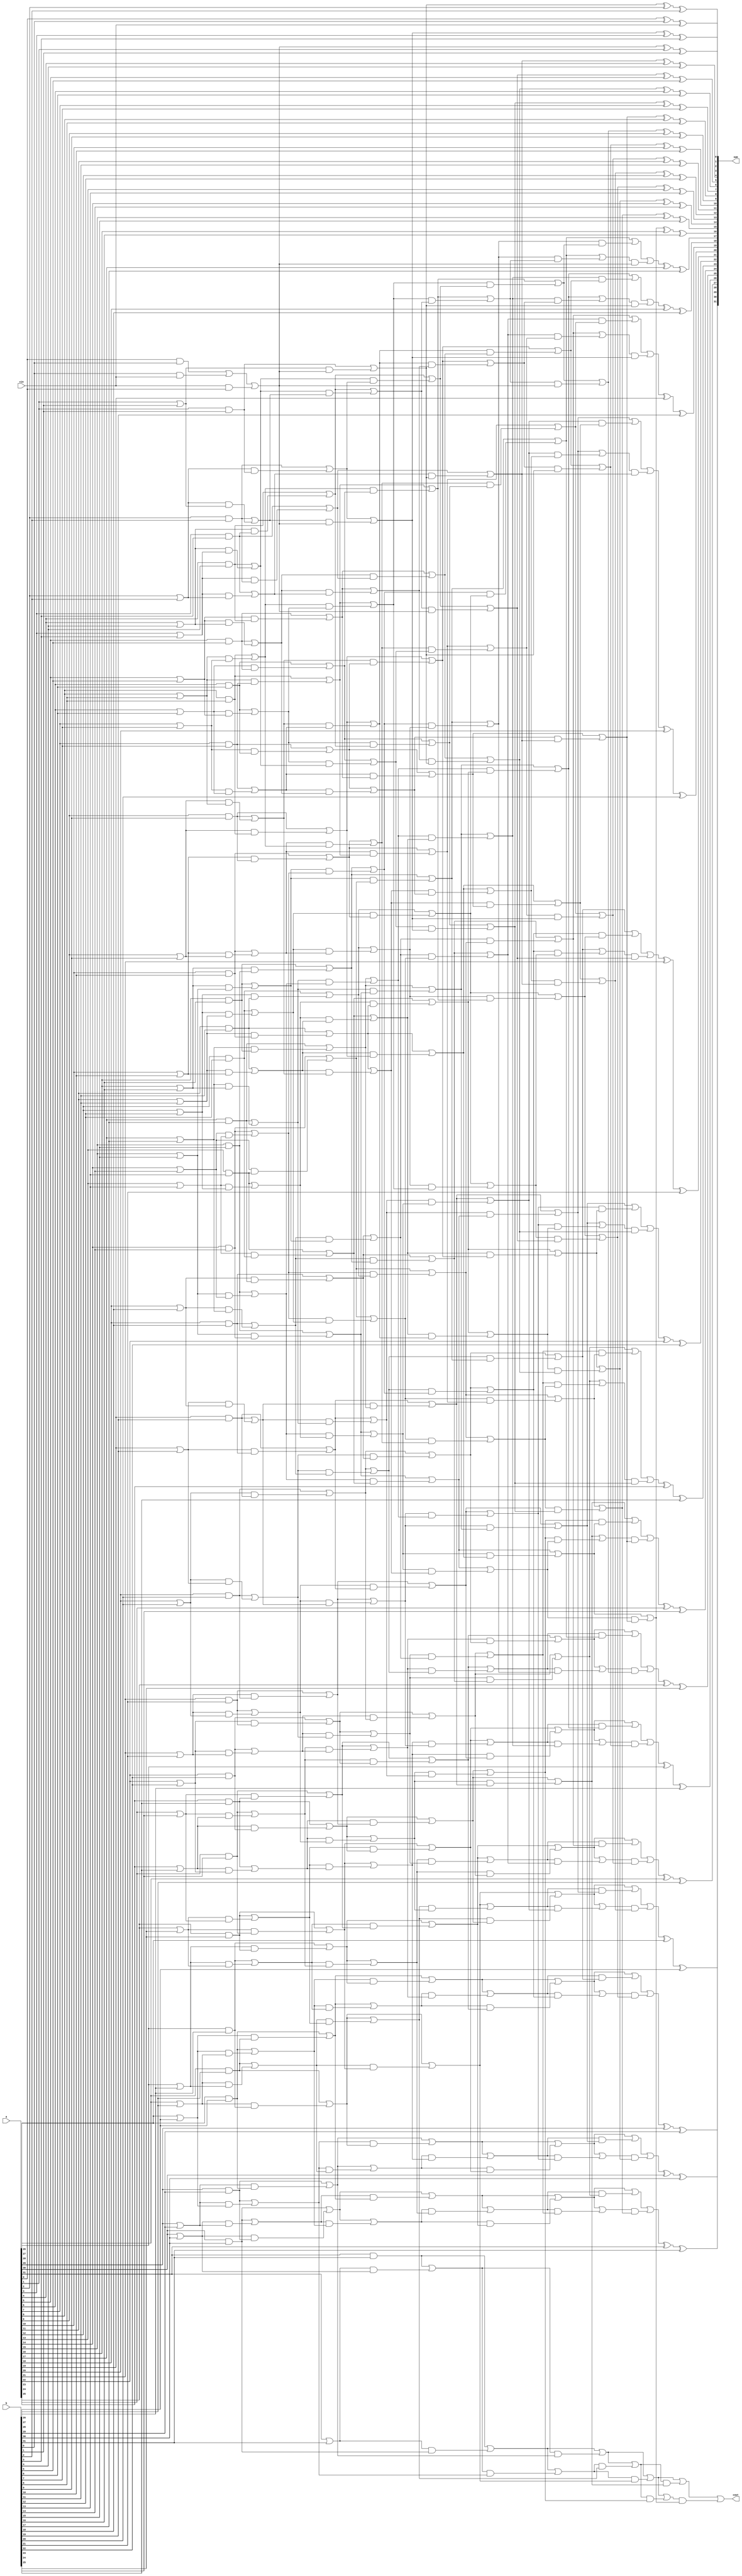
module RecursiveDoubling (a,b,cin,sum,cout);

input [32:1] a,b;
input cin;

output wire [32:1] sum;
output wire cout;

wire [1:0] pgk [32:1];

wire [1:0] temp_1 [32:1];
wire [1:0] temp_2 [32:1];
wire [1:0] temp_3 [32:1];
wire [1:0] temp_4 [32:1];
wire [1:0] temp_5 [32:1];

wire [32:1] gk;

// pgk  00-kill  11-generate  10-propagate


//pgk generation

assign pgk[1][0]=(a[1]&b[1]) | (b[1]&cin) | (cin&a[1]);
assign pgk[1][1]=(a[1]&b[1]) | (b[1]&cin) | (cin&a[1]);

assign pgk[2][0]=a[2]&b[2]; 
assign pgk[2][1]=a[2]|b[2];

assign pgk[3][0]=a[3]&b[3]; 
assign pgk[3][1]=a[3]|b[3];

assign pgk[4][0]=a[4]&b[4]; 
assign pgk[4][1]=a[4]|b[4];

assign pgk[5][0]=a[5]&b[5]; 
assign pgk[5][1]=a[5]|b[5];

assign pgk[6][0]=a[6]&b[6]; 
assign pgk[6][1]=a[6]|b[6];

assign pgk[7][0]=a[7]&b[7]; 
assign pgk[7][1]=a[7]|b[7];

assign pgk[8][0]=a[8]&b[8]; 
assign pgk[8][1]=a[8]|b[8];

assign pgk[9][0]=a[9]&b[9]; 
assign pgk[9][1]=a[9]|b[9];

assign pgk[10][0]=a[10]&b[10]; 
assign pgk[10][1]=a[10]|b[10];

assign pgk[11][0]=a[11]&b[11]; 
assign pgk[11][1]=a[11]|b[11];

assign pgk[12][0]=a[12]&b[12]; 
assign pgk[12][1]=a[12]|b[12];

assign pgk[13][0]=a[13]&b[13]; 
assign pgk[13][1]=a[13]|b[13];

assign pgk[14][0]=a[14]&b[14]; 
assign pgk[14][1]=a[14]|b[14];

assign pgk[15][0]=a[15]&b[15]; 
assign pgk[15][1]=a[15]|b[15];

assign pgk[16][0]=a[16]&b[16]; 
assign pgk[16][1]=a[16]|b[16];

assign pgk[17][0]=a[17]&b[17]; 
assign pgk[17][1]=a[17]|b[17];

assign pgk[18][0]=a[18]&b[18]; 
assign pgk[18][1]=a[18]|b[18];

assign pgk[19][0]=a[19]&b[19]; 
assign pgk[19][1]=a[19]|b[19];

assign pgk[20][0]=a[20]&b[20]; 
assign pgk[20][1]=a[20]|b[20];

assign pgk[21][0]=a[21]&b[21]; 
assign pgk[21][1]=a[21]|b[21];

assign pgk[22][0]=a[22]&b[22]; 
assign pgk[22][1]=a[22]|b[22];

assign pgk[23][0]=a[23]&b[23]; 
assign pgk[23][1]=a[23]|b[23];

assign pgk[24][0]=a[24]&b[24]; 
assign pgk[24][1]=a[24]|b[24];

assign pgk[25][0]=a[25]&b[25]; 
assign pgk[25][1]=a[25]|b[25];

assign pgk[26][0]=a[26]&b[26]; 
assign pgk[26][1]=a[26]|b[26];

assign pgk[27][0]=a[27]&b[27]; 
assign pgk[27][1]=a[27]|b[27];

assign pgk[28][0]=a[28]&b[28]; 
assign pgk[28][1]=a[28]|b[28];

assign pgk[29][0]=a[29]&b[29]; 
assign pgk[29][1]=a[29]|b[29];

assign pgk[30][0]=a[30]&b[30]; 
assign pgk[30][1]=a[30]|b[30];

assign pgk[31][0]=a[31]&b[31]; 
assign pgk[31][1]=a[31]|b[31];

assign pgk[32][0]=a[32]&b[32]; 
assign pgk[32][1]=a[32]|b[32];





//PGK Reducing

//  1 - 32.31 
//  2   32.30
//  4   32.28
//  8   32.24
//  16  32.16
 


// 1 jump
assign temp_1[1][0]=pgk[1][0];
assign temp_1[1][1]=pgk[1][1];

assign temp_1[2][0]=(pgk[2][0])|(pgk[2][1]&pgk[1][0]);
assign temp_1[2][1]=(pgk[2][0])|(pgk[2][1]&pgk[1][1]);

assign temp_1[3][0]=(pgk[3][0])|(pgk[3][1]&pgk[2][0]);
assign temp_1[3][1]=(pgk[3][0])|(pgk[3][1]&pgk[2][1]);

assign temp_1[4][0]=(pgk[4][0])|(pgk[4][1]&pgk[3][0]);
assign temp_1[4][1]=(pgk[4][0])|(pgk[4][1]&pgk[3][1]);

assign temp_1[5][0]=(pgk[5][0])|(pgk[5][1]&pgk[4][0]);
assign temp_1[5][1]=(pgk[5][0])|(pgk[5][1]&pgk[4][1]);

assign temp_1[6][0]=(pgk[6][0])|(pgk[6][1]&pgk[5][0]);
assign temp_1[6][1]=(pgk[6][0])|(pgk[6][1]&pgk[5][1]);

assign temp_1[7][0]=(pgk[7][0])|(pgk[7][1]&pgk[6][0]);
assign temp_1[7][1]=(pgk[7][0])|(pgk[7][1]&pgk[6][1]);

assign temp_1[8][0]=(pgk[8][0])|(pgk[8][1]&pgk[7][0]);
assign temp_1[8][1]=(pgk[8][0])|(pgk[8][1]&pgk[7][1]);

assign temp_1[9][0]=(pgk[9][0])|(pgk[9][1]&pgk[8][0]);
assign temp_1[9][1]=(pgk[9][0])|(pgk[9][1]&pgk[8][1]);

assign temp_1[10][0]=(pgk[10][0])|(pgk[10][1]&pgk[9][0]);
assign temp_1[10][1]=(pgk[10][0])|(pgk[10][1]&pgk[9][1]);

assign temp_1[11][0]=(pgk[11][0])|(pgk[11][1]&pgk[10][0]);
assign temp_1[11][1]=(pgk[11][0])|(pgk[11][1]&pgk[10][1]);

assign temp_1[12][0]=(pgk[12][0])|(pgk[12][1]&pgk[11][0]);
assign temp_1[12][1]=(pgk[12][0])|(pgk[12][1]&pgk[11][1]);

assign temp_1[13][0]=(pgk[13][0])|(pgk[13][1]&pgk[12][0]);
assign temp_1[13][1]=(pgk[13][0])|(pgk[13][1]&pgk[12][1]);

assign temp_1[14][0]=(pgk[14][0])|(pgk[14][1]&pgk[13][0]);
assign temp_1[14][1]=(pgk[14][0])|(pgk[14][1]&pgk[13][1]);

assign temp_1[15][0]=(pgk[15][0])|(pgk[15][1]&pgk[14][0]);
assign temp_1[15][1]=(pgk[15][0])|(pgk[15][1]&pgk[14][1]);

assign temp_1[16][0]=(pgk[16][0])|(pgk[16][1]&pgk[15][0]);
assign temp_1[16][1]=(pgk[16][0])|(pgk[16][1]&pgk[15][1]);

assign temp_1[17][0]=(pgk[17][0])|(pgk[17][1]&pgk[16][0]);
assign temp_1[17][1]=(pgk[17][0])|(pgk[17][1]&pgk[16][1]);

assign temp_1[18][0]=(pgk[18][0])|(pgk[18][1]&pgk[17][0]);
assign temp_1[18][1]=(pgk[18][0])|(pgk[18][1]&pgk[17][1]);

assign temp_1[19][0]=(pgk[19][0])|(pgk[19][1]&pgk[18][0]);
assign temp_1[19][1]=(pgk[19][0])|(pgk[19][1]&pgk[18][1]);

assign temp_1[20][0]=(pgk[20][0])|(pgk[20][1]&pgk[19][0]);
assign temp_1[20][1]=(pgk[20][0])|(pgk[20][1]&pgk[19][1]);

assign temp_1[21][0]=(pgk[21][0])|(pgk[21][1]&pgk[20][0]);
assign temp_1[21][1]=(pgk[21][0])|(pgk[21][1]&pgk[20][1]);

assign temp_1[22][0]=(pgk[22][0])|(pgk[22][1]&pgk[21][0]);
assign temp_1[22][1]=(pgk[22][0])|(pgk[22][1]&pgk[21][1]);

assign temp_1[23][0]=(pgk[23][0])|(pgk[23][1]&pgk[22][0]);
assign temp_1[23][1]=(pgk[23][0])|(pgk[23][1]&pgk[22][1]);

assign temp_1[24][0]=(pgk[24][0])|(pgk[24][1]&pgk[23][0]);
assign temp_1[24][1]=(pgk[24][0])|(pgk[24][1]&pgk[23][1]);

assign temp_1[25][0]=(pgk[25][0])|(pgk[25][1]&pgk[24][0]);
assign temp_1[25][1]=(pgk[25][0])|(pgk[25][1]&pgk[24][1]);

assign temp_1[26][0]=(pgk[26][0])|(pgk[26][1]&pgk[25][0]);
assign temp_1[26][1]=(pgk[26][0])|(pgk[26][1]&pgk[25][1]);

assign temp_1[27][0]=(pgk[27][0])|(pgk[27][1]&pgk[26][0]);
assign temp_1[27][1]=(pgk[27][0])|(pgk[27][1]&pgk[26][1]);

assign temp_1[28][0]=(pgk[28][0])|(pgk[28][1]&pgk[27][0]);
assign temp_1[28][1]=(pgk[28][0])|(pgk[28][1]&pgk[27][1]);

assign temp_1[29][0]=(pgk[29][0])|(pgk[29][1]&pgk[28][0]);
assign temp_1[29][1]=(pgk[29][0])|(pgk[29][1]&pgk[28][1]);

assign temp_1[30][0]=(pgk[30][0])|(pgk[30][1]&pgk[29][0]);
assign temp_1[30][1]=(pgk[30][0])|(pgk[30][1]&pgk[29][1]);

assign temp_1[31][0]=(pgk[31][0])|(pgk[31][1]&pgk[30][0]);
assign temp_1[31][1]=(pgk[31][0])|(pgk[31][1]&pgk[30][1]);

assign temp_1[32][0]=(pgk[32][0])|(pgk[32][1]&pgk[31][0]);
assign temp_1[32][1]=(pgk[32][0])|(pgk[32][1]&pgk[31][1]);


// 2 jump

assign temp_2[1][0]=temp_1[1][0];
assign temp_2[1][1]=temp_1[1][1];

assign temp_2[2][0]=temp_1[2][0];
assign temp_2[2][1]=temp_1[2][1];

assign temp_2[3][0]=(temp_1[3][0])|(temp_1[3][1]&temp_1[1][0]);
assign temp_2[3][1]=(temp_1[3][0])|(temp_1[3][1]&temp_1[1][1]);

assign temp_2[4][0]=(temp_1[4][0])|(temp_1[4][1]&temp_1[2][0]);
assign temp_2[4][1]=(temp_1[4][0])|(temp_1[4][1]&temp_1[2][1]);

assign temp_2[5][0]=(temp_1[5][0])|(temp_1[5][1]&temp_1[3][0]);
assign temp_2[5][1]=(temp_1[5][0])|(temp_1[5][1]&temp_1[3][1]);

assign temp_2[6][0]=(temp_1[6][0])|(temp_1[6][1]&temp_1[4][0]);
assign temp_2[6][1]=(temp_1[6][0])|(temp_1[6][1]&temp_1[4][1]);

assign temp_2[7][0]=(temp_1[7][0])|(temp_1[7][1]&temp_1[5][0]);
assign temp_2[7][1]=(temp_1[7][0])|(temp_1[7][1]&temp_1[5][1]);

assign temp_2[8][0]=(temp_1[8][0])|(temp_1[8][1]&temp_1[6][0]);
assign temp_2[8][1]=(temp_1[8][0])|(temp_1[8][1]&temp_1[6][1]);

assign temp_2[9][0]=(temp_1[9][0])|(temp_1[9][1]&temp_1[7][0]);
assign temp_2[9][1]=(temp_1[9][0])|(temp_1[9][1]&temp_1[7][1]);

assign temp_2[10][0]=(temp_1[10][0])|(temp_1[10][1]&temp_1[8][0]);
assign temp_2[10][1]=(temp_1[10][0])|(temp_1[10][1]&temp_1[8][1]);

assign temp_2[11][0]=(temp_1[11][0])|(temp_1[11][1]&temp_1[9][0]);
assign temp_2[11][1]=(temp_1[11][0])|(temp_1[11][1]&temp_1[9][1]);

assign temp_2[12][0]=(temp_1[12][0])|(temp_1[12][1]&temp_1[10][0]);
assign temp_2[12][1]=(temp_1[12][0])|(temp_1[12][1]&temp_1[10][1]);

assign temp_2[13][0]=(temp_1[13][0])|(temp_1[13][1]&temp_1[11][0]);
assign temp_2[13][1]=(temp_1[13][0])|(temp_1[13][1]&temp_1[11][1]);

assign temp_2[14][0]=(temp_1[14][0])|(temp_1[14][1]&temp_1[12][0]);
assign temp_2[14][1]=(temp_1[14][0])|(temp_1[14][1]&temp_1[12][1]);

assign temp_2[15][0]=(temp_1[15][0])|(temp_1[15][1]&temp_1[13][0]);
assign temp_2[15][1]=(temp_1[15][0])|(temp_1[15][1]&temp_1[13][1]);

assign temp_2[16][0]=(temp_1[16][0])|(temp_1[16][1]&temp_1[14][0]);
assign temp_2[16][1]=(temp_1[16][0])|(temp_1[16][1]&temp_1[14][1]);

assign temp_2[17][0]=(temp_1[17][0])|(temp_1[17][1]&temp_1[15][0]);
assign temp_2[17][1]=(temp_1[17][0])|(temp_1[17][1]&temp_1[15][1]);

assign temp_2[18][0]=(temp_1[18][0])|(temp_1[18][1]&temp_1[16][0]);
assign temp_2[18][1]=(temp_1[18][0])|(temp_1[18][1]&temp_1[16][1]);

assign temp_2[19][0]=(temp_1[19][0])|(temp_1[19][1]&temp_1[17][0]);
assign temp_2[19][1]=(temp_1[19][0])|(temp_1[19][1]&temp_1[17][1]);

assign temp_2[20][0]=(temp_1[20][0])|(temp_1[20][1]&temp_1[18][0]);
assign temp_2[20][1]=(temp_1[20][0])|(temp_1[20][1]&temp_1[18][1]);

assign temp_2[21][0]=(temp_1[21][0])|(temp_1[21][1]&temp_1[19][0]);
assign temp_2[21][1]=(temp_1[21][0])|(temp_1[21][1]&temp_1[19][1]);

assign temp_2[22][0]=(temp_1[22][0])|(temp_1[22][1]&temp_1[20][0]);
assign temp_2[22][1]=(temp_1[22][0])|(temp_1[22][1]&temp_1[20][1]);

assign temp_2[23][0]=(temp_1[23][0])|(temp_1[23][1]&temp_1[21][0]);
assign temp_2[23][1]=(temp_1[23][0])|(temp_1[23][1]&temp_1[21][1]);

assign temp_2[24][0]=(temp_1[24][0])|(temp_1[24][1]&temp_1[22][0]);
assign temp_2[24][1]=(temp_1[24][0])|(temp_1[24][1]&temp_1[22][1]);

assign temp_2[25][0]=(temp_1[25][0])|(temp_1[25][1]&temp_1[23][0]);
assign temp_2[25][1]=(temp_1[25][0])|(temp_1[25][1]&temp_1[23][1]);

assign temp_2[26][0]=(temp_1[26][0])|(temp_1[26][1]&temp_1[24][0]);
assign temp_2[26][1]=(temp_1[26][0])|(temp_1[26][1]&temp_1[24][1]);

assign temp_2[27][0]=(temp_1[27][0])|(temp_1[27][1]&temp_1[25][0]);
assign temp_2[27][1]=(temp_1[27][0])|(temp_1[27][1]&temp_1[25][1]);

assign temp_2[28][0]=(temp_1[28][0])|(temp_1[28][1]&temp_1[26][0]);
assign temp_2[28][1]=(temp_1[28][0])|(temp_1[28][1]&temp_1[26][1]);

assign temp_2[29][0]=(temp_1[29][0])|(temp_1[29][1]&temp_1[27][0]);
assign temp_2[29][1]=(temp_1[29][0])|(temp_1[29][1]&temp_1[27][1]);

assign temp_2[30][0]=(temp_1[30][0])|(temp_1[30][1]&temp_1[28][0]);
assign temp_2[30][1]=(temp_1[30][0])|(temp_1[30][1]&temp_1[28][1]);

assign temp_2[31][0]=(temp_1[31][0])|(temp_1[31][1]&temp_1[29][0]);
assign temp_2[31][1]=(temp_1[31][0])|(temp_1[31][1]&temp_1[29][1]);

assign temp_2[32][0]=(temp_1[32][0])|(temp_1[32][1]&temp_1[30][0]);
assign temp_2[32][1]=(temp_1[32][0])|(temp_1[32][1]&temp_1[30][1]);


// 4 jumps
assign temp_3[1][0]=temp_2[1][0];
assign temp_3[1][1]=temp_2[1][1];

assign temp_3[2][0]=temp_2[2][0];
assign temp_3[2][1]=temp_2[2][1];

assign temp_3[3][0]=temp_2[3][0];
assign temp_3[3][1]=temp_2[3][1];

assign temp_3[4][0]=temp_2[4][0];
assign temp_3[4][1]=temp_2[4][1];

assign temp_3[5][0]=(temp_2[5][0])|(temp_2[5][1]&temp_2[1][0]);
assign temp_3[5][1]=(temp_2[5][0])|(temp_2[5][1]&temp_2[1][1]);

assign temp_3[6][0]=(temp_2[6][0])|(temp_2[6][1]&temp_2[2][0]);
assign temp_3[6][1]=(temp_2[6][0])|(temp_2[6][1]&temp_2[2][1]);

assign temp_3[7][0]=(temp_2[7][0])|(temp_2[7][1]&temp_2[3][0]);
assign temp_3[7][1]=(temp_2[7][0])|(temp_2[7][1]&temp_2[3][1]);

assign temp_3[8][0]=(temp_2[8][0])|(temp_2[8][1]&temp_2[4][0]);
assign temp_3[8][1]=(temp_2[8][0])|(temp_2[8][1]&temp_2[4][1]);

assign temp_3[9][0]=(temp_2[9][0])|(temp_2[9][1]&temp_2[5][0]);
assign temp_3[9][1]=(temp_2[9][0])|(temp_2[9][1]&temp_2[5][1]);

assign temp_3[10][0]=(temp_2[10][0])|(temp_2[10][1]&temp_2[6][0]);
assign temp_3[10][1]=(temp_2[10][0])|(temp_2[10][1]&temp_2[6][1]);

assign temp_3[11][0]=(temp_2[11][0])|(temp_2[11][1]&temp_2[7][0]);
assign temp_3[11][1]=(temp_2[11][0])|(temp_2[11][1]&temp_2[7][1]);

assign temp_3[12][0]=(temp_2[12][0])|(temp_2[12][1]&temp_2[8][0]);
assign temp_3[12][1]=(temp_2[12][0])|(temp_2[12][1]&temp_2[8][1]);

assign temp_3[13][0]=(temp_2[13][0])|(temp_2[13][1]&temp_2[9][0]);
assign temp_3[13][1]=(temp_2[13][0])|(temp_2[13][1]&temp_2[9][1]);

assign temp_3[14][0]=(temp_2[14][0])|(temp_2[14][1]&temp_2[10][0]);
assign temp_3[14][1]=(temp_2[14][0])|(temp_2[14][1]&temp_2[10][1]);

assign temp_3[15][0]=(temp_2[15][0])|(temp_2[15][1]&temp_2[11][0]);
assign temp_3[15][1]=(temp_2[15][0])|(temp_2[15][1]&temp_2[11][1]);

assign temp_3[16][0]=(temp_2[16][0])|(temp_2[16][1]&temp_2[12][0]);
assign temp_3[16][1]=(temp_2[16][0])|(temp_2[16][1]&temp_2[12][1]);

assign temp_3[17][0]=(temp_2[17][0])|(temp_2[17][1]&temp_2[13][0]);
assign temp_3[17][1]=(temp_2[17][0])|(temp_2[17][1]&temp_2[13][1]);

assign temp_3[18][0]=(temp_2[18][0])|(temp_2[18][1]&temp_2[14][0]);
assign temp_3[18][1]=(temp_2[18][0])|(temp_2[18][1]&temp_2[14][1]);

assign temp_3[19][0]=(temp_2[19][0])|(temp_2[19][1]&temp_2[15][0]);
assign temp_3[19][1]=(temp_2[19][0])|(temp_2[19][1]&temp_2[15][1]);

assign temp_3[20][0]=(temp_2[20][0])|(temp_2[20][1]&temp_2[16][0]);
assign temp_3[20][1]=(temp_2[20][0])|(temp_2[20][1]&temp_2[16][1]);

assign temp_3[21][0]=(temp_2[21][0])|(temp_2[21][1]&temp_2[17][0]);
assign temp_3[21][1]=(temp_2[21][0])|(temp_2[21][1]&temp_2[17][1]);

assign temp_3[22][0]=(temp_2[22][0])|(temp_2[22][1]&temp_2[18][0]);
assign temp_3[22][1]=(temp_2[22][0])|(temp_2[22][1]&temp_2[18][1]);

assign temp_3[23][0]=(temp_2[23][0])|(temp_2[23][1]&temp_2[19][0]);
assign temp_3[23][1]=(temp_2[23][0])|(temp_2[23][1]&temp_2[19][1]);

assign temp_3[24][0]=(temp_2[24][0])|(temp_2[24][1]&temp_2[20][0]);
assign temp_3[24][1]=(temp_2[24][0])|(temp_2[24][1]&temp_2[20][1]);

assign temp_3[25][0]=(temp_2[25][0])|(temp_2[25][1]&temp_2[21][0]);
assign temp_3[25][1]=(temp_2[25][0])|(temp_2[25][1]&temp_2[21][1]);

assign temp_3[26][0]=(temp_2[26][0])|(temp_2[26][1]&temp_2[22][0]);
assign temp_3[26][1]=(temp_2[26][0])|(temp_2[26][1]&temp_2[22][1]);

assign temp_3[27][0]=(temp_2[27][0])|(temp_2[27][1]&temp_2[23][0]);
assign temp_3[27][1]=(temp_2[27][0])|(temp_2[27][1]&temp_2[23][1]);

assign temp_3[28][0]=(temp_2[28][0])|(temp_2[28][1]&temp_2[24][0]);
assign temp_3[28][1]=(temp_2[28][0])|(temp_2[28][1]&temp_2[24][1]);

assign temp_3[29][0]=(temp_2[29][0])|(temp_2[29][1]&temp_2[25][0]);
assign temp_3[29][1]=(temp_2[29][0])|(temp_2[29][1]&temp_2[25][1]);

assign temp_3[30][0]=(temp_2[30][0])|(temp_2[30][1]&temp_2[26][0]);
assign temp_3[30][1]=(temp_2[30][0])|(temp_2[30][1]&temp_2[26][1]);

assign temp_3[31][0]=(temp_2[31][0])|(temp_2[31][1]&temp_2[27][0]);
assign temp_3[31][1]=(temp_2[31][0])|(temp_2[31][1]&temp_2[27][1]);

assign temp_3[32][0]=(temp_2[32][0])|(temp_2[32][1]&temp_2[28][0]);
assign temp_3[32][1]=(temp_2[32][0])|(temp_2[32][1]&temp_2[28][1]);


// 8 jumps
assign temp_4[1][0]=temp_3[1][0];
assign temp_4[1][1]=temp_3[1][1];

assign temp_4[2][0]=temp_3[2][0];
assign temp_4[2][1]=temp_3[2][1];

assign temp_4[3][0]=temp_3[3][0];
assign temp_4[3][1]=temp_3[3][1];

assign temp_4[4][0]=temp_3[4][0];
assign temp_4[4][1]=temp_3[4][1];

assign temp_4[5][0]=temp_3[5][0];
assign temp_4[5][1]=temp_3[5][1];

assign temp_4[6][0]=temp_3[6][0];
assign temp_4[6][1]=temp_3[6][1];

assign temp_4[7][0]=temp_3[7][0];
assign temp_4[7][1]=temp_3[7][1];

assign temp_4[8][0]=temp_3[8][0];
assign temp_4[8][1]=temp_3[8][1];

assign temp_4[9][0]=(temp_3[9][0])|(temp_3[9][1]&temp_3[1][0]);
assign temp_4[9][1]=(temp_3[9][0])|(temp_3[9][1]&temp_3[1][1]);

assign temp_4[10][0]=(temp_3[10][0])|(temp_3[10][1]&temp_3[2][0]);
assign temp_4[10][1]=(temp_3[10][0])|(temp_3[10][1]&temp_3[2][1]);

assign temp_4[11][0]=(temp_3[11][0])|(temp_3[11][1]&temp_3[3][0]);
assign temp_4[11][1]=(temp_3[11][0])|(temp_3[11][1]&temp_3[3][1]);

assign temp_4[12][0]=(temp_3[12][0])|(temp_3[12][1]&temp_3[4][0]);
assign temp_4[12][1]=(temp_3[12][0])|(temp_3[12][1]&temp_3[4][1]);

assign temp_4[13][0]=(temp_3[13][0])|(temp_3[13][1]&temp_3[5][0]);
assign temp_4[13][1]=(temp_3[13][0])|(temp_3[13][1]&temp_3[5][1]);

assign temp_4[14][0]=(temp_3[14][0])|(temp_3[14][1]&temp_3[6][0]);
assign temp_4[14][1]=(temp_3[14][0])|(temp_3[14][1]&temp_3[6][1]);

assign temp_4[15][0]=(temp_3[15][0])|(temp_3[15][1]&temp_3[7][0]);
assign temp_4[15][1]=(temp_3[15][0])|(temp_3[15][1]&temp_3[7][1]);

assign temp_4[16][0]=(temp_3[16][0])|(temp_3[16][1]&temp_3[8][0]);
assign temp_4[16][1]=(temp_3[16][0])|(temp_3[16][1]&temp_3[8][1]);

assign temp_4[17][0]=(temp_3[17][0])|(temp_3[17][1]&temp_3[9][0]);
assign temp_4[17][1]=(temp_3[17][0])|(temp_3[17][1]&temp_3[9][1]);

assign temp_4[18][0]=(temp_3[18][0])|(temp_3[18][1]&temp_3[10][0]);
assign temp_4[18][1]=(temp_3[18][0])|(temp_3[18][1]&temp_3[10][1]);

assign temp_4[19][0]=(temp_3[19][0])|(temp_3[19][1]&temp_3[11][0]);
assign temp_4[19][1]=(temp_3[19][0])|(temp_3[19][1]&temp_3[11][1]);

assign temp_4[20][0]=(temp_3[20][0])|(temp_3[20][1]&temp_3[12][0]);
assign temp_4[20][1]=(temp_3[20][0])|(temp_3[20][1]&temp_3[12][1]);

assign temp_4[21][0]=(temp_3[21][0])|(temp_3[21][1]&temp_3[13][0]);
assign temp_4[21][1]=(temp_3[21][0])|(temp_3[21][1]&temp_3[13][1]);

assign temp_4[22][0]=(temp_3[22][0])|(temp_3[22][1]&temp_3[14][0]);
assign temp_4[22][1]=(temp_3[22][0])|(temp_3[22][1]&temp_3[14][1]);

assign temp_4[23][0]=(temp_3[23][0])|(temp_3[23][1]&temp_3[15][0]);
assign temp_4[23][1]=(temp_3[23][0])|(temp_3[23][1]&temp_3[15][1]);

assign temp_4[24][0]=(temp_3[24][0])|(temp_3[24][1]&temp_3[16][0]);
assign temp_4[24][1]=(temp_3[24][0])|(temp_3[24][1]&temp_3[16][1]);

assign temp_4[25][0]=(temp_3[25][0])|(temp_3[25][1]&temp_3[17][0]);
assign temp_4[25][1]=(temp_3[25][0])|(temp_3[25][1]&temp_3[17][1]);

assign temp_4[26][0]=(temp_3[26][0])|(temp_3[26][1]&temp_3[18][0]);
assign temp_4[26][1]=(temp_3[26][0])|(temp_3[26][1]&temp_3[18][1]);

assign temp_4[27][0]=(temp_3[27][0])|(temp_3[27][1]&temp_3[19][0]);
assign temp_4[27][1]=(temp_3[27][0])|(temp_3[27][1]&temp_3[19][1]);

assign temp_4[28][0]=(temp_3[28][0])|(temp_3[28][1]&temp_3[20][0]);
assign temp_4[28][1]=(temp_3[28][0])|(temp_3[28][1]&temp_3[20][1]);

assign temp_4[29][0]=(temp_3[29][0])|(temp_3[29][1]&temp_3[21][0]);
assign temp_4[29][1]=(temp_3[29][0])|(temp_3[29][1]&temp_3[21][1]);

assign temp_4[30][0]=(temp_3[30][0])|(temp_3[30][1]&temp_3[22][0]);
assign temp_4[30][1]=(temp_3[30][0])|(temp_3[30][1]&temp_3[22][1]);

assign temp_4[31][0]=(temp_3[31][0])|(temp_3[31][1]&temp_3[23][0]);
assign temp_4[31][1]=(temp_3[31][0])|(temp_3[31][1]&temp_3[23][1]);

assign temp_4[32][0]=(temp_3[32][0])|(temp_3[32][1]&temp_3[24][0]);
assign temp_4[32][1]=(temp_3[32][0])|(temp_3[32][1]&temp_3[24][1]);



// 16 jumps 
assign temp_5[1][0]=temp_4[1][0];
assign temp_5[1][1]=temp_4[1][1];

assign temp_5[2][0]=temp_4[2][0];
assign temp_5[2][1]=temp_4[2][1];

assign temp_5[3][0]=temp_4[3][0];
assign temp_5[3][1]=temp_4[3][1];

assign temp_5[4][0]=temp_4[4][0];
assign temp_5[4][1]=temp_4[4][1];

assign temp_5[5][0]=temp_4[5][0];
assign temp_5[5][1]=temp_4[5][1];

assign temp_5[6][0]=temp_4[6][0];
assign temp_5[6][1]=temp_4[6][1];

assign temp_5[7][0]=temp_4[7][0];
assign temp_5[7][1]=temp_4[7][1];

assign temp_5[8][0]=temp_4[8][0];
assign temp_5[8][1]=temp_4[8][1];

assign temp_5[9][0]=temp_4[9][0];
assign temp_5[9][1]=temp_4[9][1];

assign temp_5[10][0]=temp_4[10][0];
assign temp_5[10][1]=temp_4[10][1];

assign temp_5[11][0]=temp_4[11][0];
assign temp_5[11][1]=temp_4[11][1];

assign temp_5[12][0]=temp_4[12][0];
assign temp_5[12][1]=temp_4[12][1];

assign temp_5[13][0]=temp_4[13][0];
assign temp_5[13][1]=temp_4[13][1];

assign temp_5[14][0]=temp_4[14][0];
assign temp_5[14][1]=temp_4[14][1];

assign temp_5[15][0]=temp_4[15][0];
assign temp_5[15][1]=temp_4[15][1];

assign temp_5[16][0]=temp_4[16][0];
assign temp_5[16][1]=temp_4[16][1];

assign temp_5[17][0]=(temp_4[17][0])|(temp_4[17][1]&temp_4[1][0]);
assign temp_5[17][1]=(temp_4[17][0])|(temp_4[17][1]&temp_4[1][1]);

assign temp_5[18][0]=(temp_4[18][0])|(temp_4[18][1]&temp_4[2][0]);
assign temp_5[18][1]=(temp_4[18][0])|(temp_4[18][1]&temp_4[2][1]);

assign temp_5[19][0]=(temp_4[19][0])|(temp_4[19][1]&temp_4[3][0]);
assign temp_5[19][1]=(temp_4[19][0])|(temp_4[19][1]&temp_4[3][1]);

assign temp_5[20][0]=(temp_4[20][0])|(temp_4[20][1]&temp_4[4][0]);
assign temp_5[20][1]=(temp_4[20][0])|(temp_4[20][1]&temp_4[4][1]);

assign temp_5[21][0]=(temp_4[21][0])|(temp_4[21][1]&temp_4[5][0]);
assign temp_5[21][1]=(temp_4[21][0])|(temp_4[21][1]&temp_4[5][1]);

assign temp_5[22][0]=(temp_4[22][0])|(temp_4[22][1]&temp_4[6][0]);
assign temp_5[22][1]=(temp_4[22][0])|(temp_4[22][1]&temp_4[6][1]);

assign temp_5[23][0]=(temp_4[23][0])|(temp_4[23][1]&temp_4[7][0]);
assign temp_5[23][1]=(temp_4[23][0])|(temp_4[23][1]&temp_4[7][1]);

assign temp_5[24][0]=(temp_4[24][0])|(temp_4[24][1]&temp_4[8][0]);
assign temp_5[24][1]=(temp_4[24][0])|(temp_4[24][1]&temp_4[8][1]);

assign temp_5[25][0]=(temp_4[25][0])|(temp_4[25][1]&temp_4[9][0]);
assign temp_5[25][1]=(temp_4[25][0])|(temp_4[25][1]&temp_4[9][1]);

assign temp_5[26][0]=(temp_4[26][0])|(temp_4[26][1]&temp_4[10][0]);
assign temp_5[26][1]=(temp_4[26][0])|(temp_4[26][1]&temp_4[10][1]);

assign temp_5[27][0]=(temp_4[27][0])|(temp_4[27][1]&temp_4[11][0]);
assign temp_5[27][1]=(temp_4[27][0])|(temp_4[27][1]&temp_4[11][1]);

assign temp_5[28][0]=(temp_4[28][0])|(temp_4[28][1]&temp_4[12][0]);
assign temp_5[28][1]=(temp_4[28][0])|(temp_4[28][1]&temp_4[12][1]);

assign temp_5[29][0]=(temp_4[29][0])|(temp_4[29][1]&temp_4[13][0]);
assign temp_5[29][1]=(temp_4[29][0])|(temp_4[29][1]&temp_4[13][1]);

assign temp_5[30][0]=(temp_4[30][0])|(temp_4[30][1]&temp_4[14][0]);
assign temp_5[30][1]=(temp_4[30][0])|(temp_4[30][1]&temp_4[14][1]);

assign temp_5[31][0]=(temp_4[31][0])|(temp_4[31][1]&temp_4[15][0]);
assign temp_5[31][1]=(temp_4[31][0])|(temp_4[31][1]&temp_4[15][1]);

assign temp_5[32][0]=(temp_4[32][0])|(temp_4[32][1]&temp_4[16][0]);
assign temp_5[32][1]=(temp_4[32][0])|(temp_4[32][1]&temp_4[16][1]);


//GK Calculating
assign gk[1]=temp_5[1][1];
assign gk[2]=temp_5[2][1];
assign gk[3]=temp_5[3][1];
assign gk[4]=temp_5[4][1];
assign gk[5]=temp_5[5][1];
assign gk[6]=temp_5[6][1];
assign gk[7]=temp_5[7][1];
assign gk[8]=temp_5[8][1];
assign gk[9]=temp_5[9][1];
assign gk[10]=temp_5[10][1];
assign gk[11]=temp_5[11][1];
assign gk[12]=temp_5[12][1];
assign gk[13]=temp_5[13][1];
assign gk[14]=temp_5[14][1];
assign gk[15]=temp_5[15][1];
assign gk[16]=temp_5[16][1];
assign gk[17]=temp_5[17][1];
assign gk[18]=temp_5[18][1];
assign gk[19]=temp_5[19][1];
assign gk[20]=temp_5[20][1];
assign gk[21]=temp_5[21][1];
assign gk[22]=temp_5[22][1];
assign gk[23]=temp_5[23][1];
assign gk[24]=temp_5[24][1];
assign gk[25]=temp_5[25][1];
assign gk[26]=temp_5[26][1];
assign gk[27]=temp_5[27][1];
assign gk[28]=temp_5[28][1];
assign gk[29]=temp_5[29][1];
assign gk[30]=temp_5[30][1];
assign gk[31]=temp_5[31][1];
assign gk[32]=temp_5[32][1];


//calculating sum
assign sum[1]=a[1]^b[1]^cin;
assign sum[2]=gk[1]^a[2]^b[2];
assign sum[3]=gk[2]^a[3]^b[3];
assign sum[4]=gk[3]^a[4]^b[4];
assign sum[5]=gk[4]^a[5]^b[5];
assign sum[6]=gk[5]^a[6]^b[6];
assign sum[7]=gk[6]^a[7]^b[7];
assign sum[8]=gk[7]^a[8]^b[8];
assign sum[9]=gk[8]^a[9]^b[9];
assign sum[10]=gk[9]^a[10]^b[10];
assign sum[11]=gk[10]^a[11]^b[11];
assign sum[12]=gk[11]^a[12]^b[12];
assign sum[13]=gk[12]^a[13]^b[13];
assign sum[14]=gk[13]^a[14]^b[14];
assign sum[15]=gk[14]^a[15]^b[15];
assign sum[16]=gk[15]^a[16]^b[16];
assign sum[17]=gk[16]^a[17]^b[17];
assign sum[18]=gk[17]^a[18]^b[18];
assign sum[19]=gk[18]^a[19]^b[19];
assign sum[20]=gk[19]^a[20]^b[20];
assign sum[21]=gk[20]^a[21]^b[21];
assign sum[22]=gk[21]^a[22]^b[22];
assign sum[23]=gk[22]^a[23]^b[23];
assign sum[24]=gk[23]^a[24]^b[24];
assign sum[25]=gk[24]^a[25]^b[25];
assign sum[26]=gk[25]^a[26]^b[26];
assign sum[27]=gk[26]^a[27]^b[27];
assign sum[28]=gk[27]^a[28]^b[28];
assign sum[29]=gk[28]^a[29]^b[29];
assign sum[30]=gk[29]^a[30]^b[30];
assign sum[31]=gk[30]^a[31]^b[31];
assign sum[32]=gk[31]^a[32]^b[32];

assign cout=gk[32];



endmodule